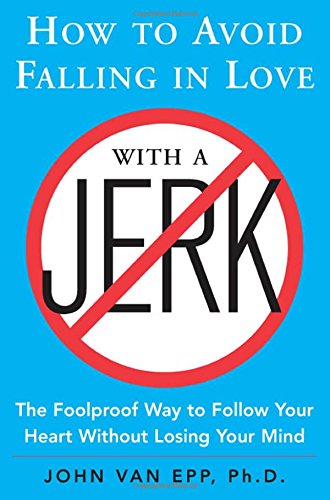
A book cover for How to Avoid Falling in Love with a Jerk; John Van Epp; Self-Help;